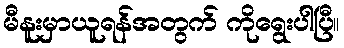
မီနူးမှာယူရန်အတွက် ကိုရွေးပါပြီ။